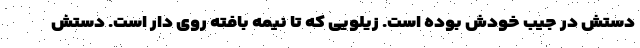
دستش در جیب خودش بوده است. زیلویی که تا نیمه بافته روی دار است. دستش